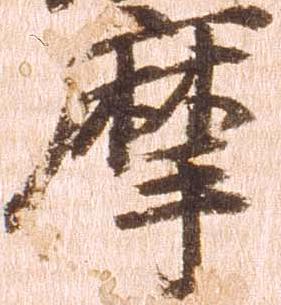
摩